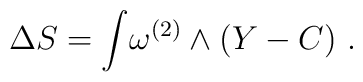
\Delta S= \int\! \omega^{(2)} \wedge (Y-C)\ .